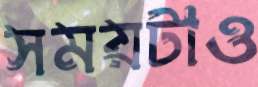
সময়টাও